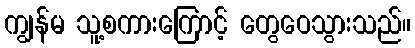
ကျွန်မ သူ့စကားကြောင့် တွေဝေသွားသည်။